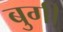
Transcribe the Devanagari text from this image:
बुगी